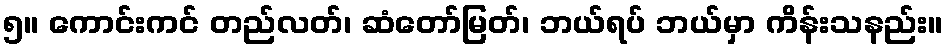
၅။ ကောင်းကင် တည်လတ်၊ ဆံတော်မြတ်၊ ဘယ်ရပ် ဘယ်မှာ ကိန်းသနည်း။